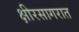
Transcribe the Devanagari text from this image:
क्षीरसागरात